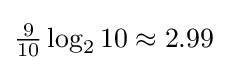
\textstyle {\frac {9}{10}}\log _{2}{10}\approx 2.99